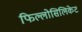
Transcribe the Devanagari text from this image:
फिल्लोसिलिकेट